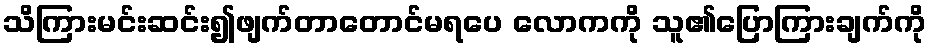
သိကြားမင်းဆင်း၍ဖျက်တာတောင်မရပေ လောကကို သူ၏ပြောကြားချက်ကို